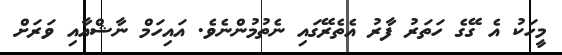
މީހަކު އެ ގޭގެ ހަތަރު ފާރު އެތެރޭގައި ނެތުމުންނެވެ. އައިހަމް ނާޝްއާއި ވަރަށް